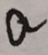
a